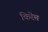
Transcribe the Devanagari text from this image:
किरेम